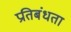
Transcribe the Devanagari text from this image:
प्रतिबंधता